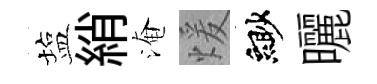
塩綃淹煖緲曬